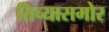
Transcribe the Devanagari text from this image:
तिच्यासमोर